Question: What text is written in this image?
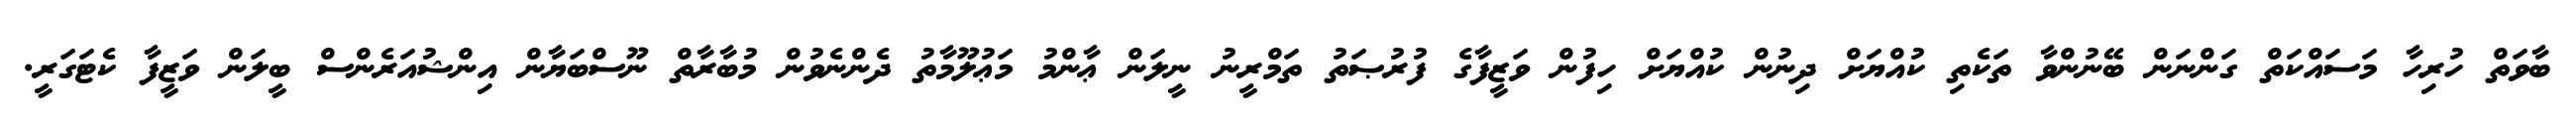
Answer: ބާވަތް ހުރިހާ މަސައްކަތް ގަންނަން ބޭނުންވާ ތަކެތި ކުއްޔަށް ދިނުން ކުއްޔަށް ހިފުން ވަޒީފާގެ ފުރުޞަތު ތަމްރީނު ނީލަން ޢާންމު މަޢުލޫމާތު ދެންނެވުން މުބާރާތް ނޫސްބަޔާން އިންޝުއަރެންސް ބީލަން ވަޒީފާ ކެޓަގަރީ.